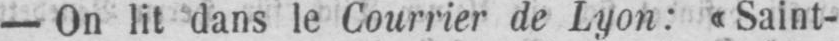
- On lit dans le Courrier de Lyon: «Saint-